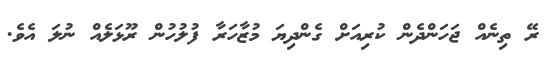
ރޭ ތިނެއް ޖަހަންދެން ކުރިއަށް ގެންދިޔަ މުޒާހަރާ ފުލުހުން ރޫޅަލެއް ނުލަ އެވެ.